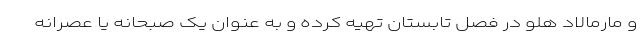
و مارمالاد هلو در فصل تابستان تهیه کرده و به عنوان یک صبحانه یا عصرانه